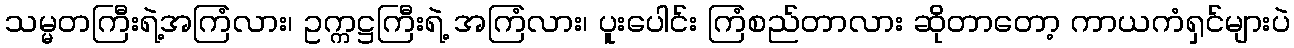
သမ္မတကြီးရဲ့အကြံလား၊ ဥက္ကဋ္ဌကြီးရဲ့ အကြံလား၊ ပူးပေါင်း ကြံစည်တာလား ဆိုတာတော့ ကာယကံရှင်များပဲ